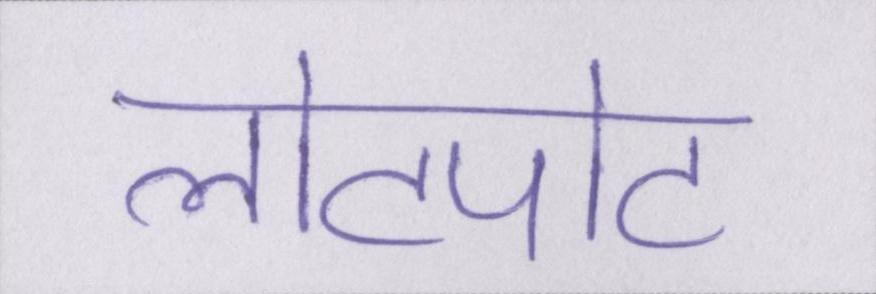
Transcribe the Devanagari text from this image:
लोटपोट